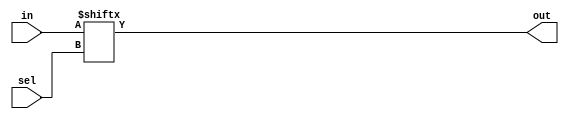
// RTL Behavioral code for 16-bit Multiplexer
// Design Engineer: Mohammad Khalique Khan

module mux16 (in, sel, out);

	input [15:0] in;
	input [3:0] sel;
	output out;

		assign out = in[sel];
		
endmodule